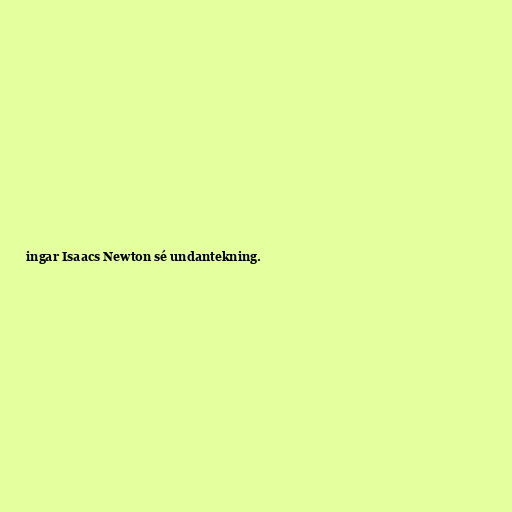
ingar Isaacs Newton sé undantekning.